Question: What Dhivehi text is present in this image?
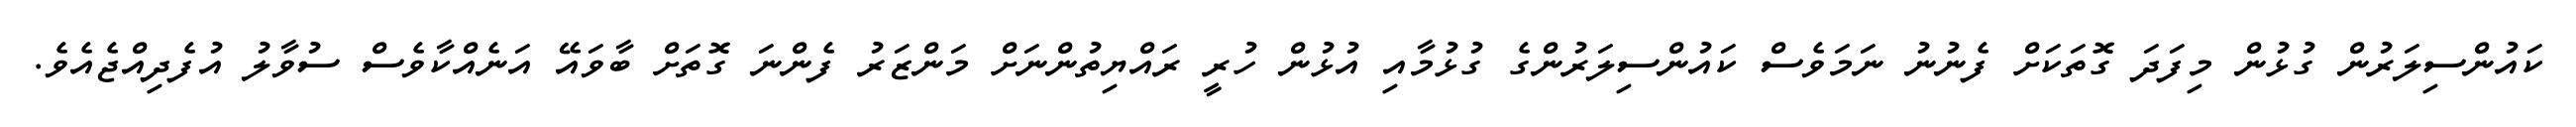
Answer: ކައުންސިލަރުން ގުޅުން މިފަދަ ގޮތަކަށް ފެނުނު ނަމަވެސް ކައުންސިލަރުންގެ ގުޅުމާއި އުޅުން ހުރީ ރައްޔިތުންނަށް މަންޒަރު ފެންނަ ގޮތަށް ބާވައޭ އަނެއްކާވެސް ސުވާލު އުފެދިއްޖެއެވެ.